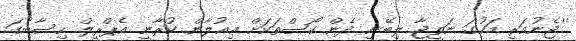
''ޖެނުއަރީ މަހުގަ ނަތީޖާ ލިބޭނީ ދެން ކޯސްތަކަށް ޢިއުލާން ކުރާނީ އެޕްރީލް ހިސާބުގަ.